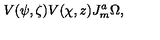
V ( \psi , \zeta ) V ( \chi , z ) J _ { m } ^ { a } \Omega ,